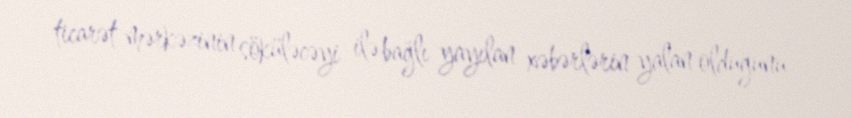
ticarət mərkəzinin söküləcəyi ilə bağlı yayılan xəbərlərin yalan olduğunu